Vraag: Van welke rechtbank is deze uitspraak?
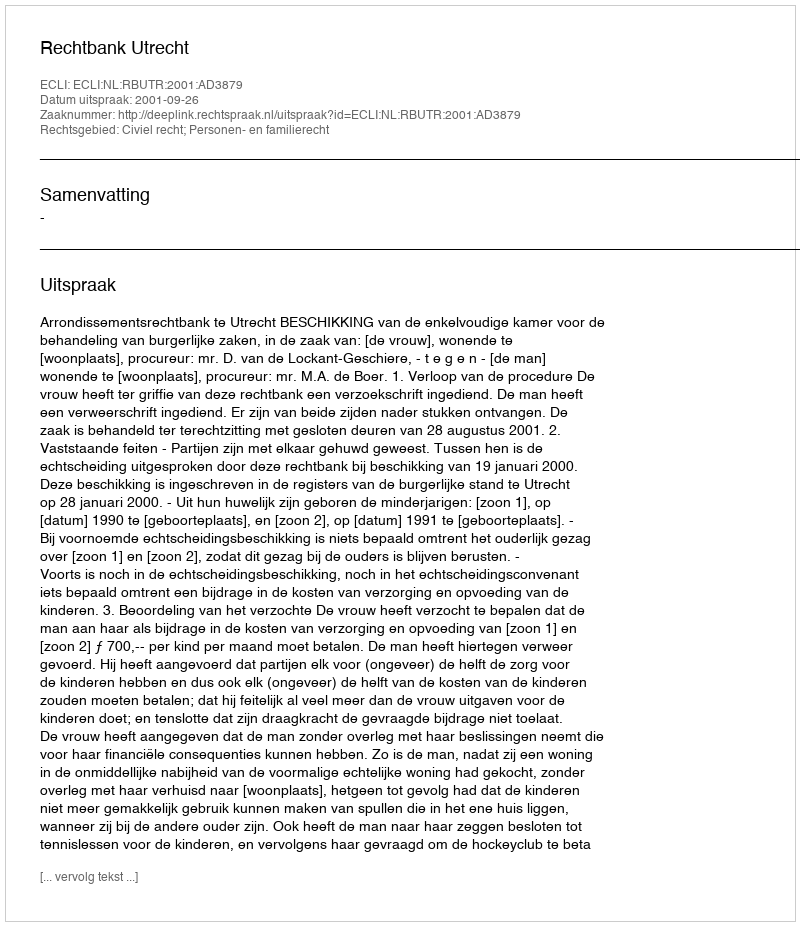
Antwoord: Rechtbank Utrecht